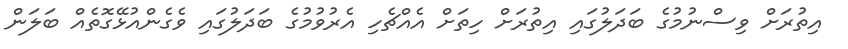
އިތުރަށް ވިސްނުމުގެ ބަދަލުގައި އިތުރަށް ހިތަށް އެއްޗެހި އެރުވުމުގެ ބަދަލުގައި ވެގެންއުޅޭގޮތެއް ބަލަން